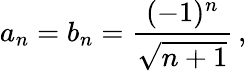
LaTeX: a_{n}=b_{n}={\frac{(-1)^{n}}{\sqrt{n+1}}}\, ,